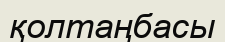
қолтаңбасы